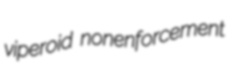
viperoid nonenforcement